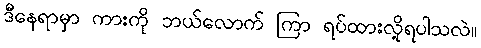
ဒီနေရာမှာ ကားကို ဘယ်လောက် ကြာ ရပ်ထားလို့ရပါသလဲ။